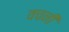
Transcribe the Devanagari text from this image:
वचनीं